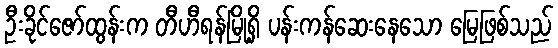
ဦးခိုင်ဇော်ထွန်းက တီဟီရန်မြို့ရှိ ပန်းကန်ဆေးနေသော မြေဖြစ်သည်